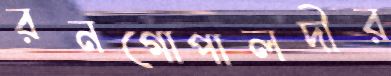
রনগোপালদীর